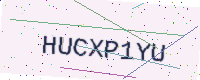
Text: HUCXP1YU